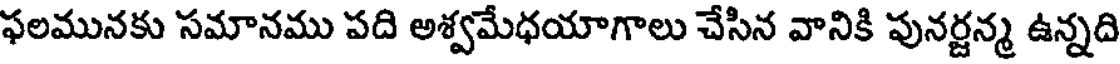
ఫలమునకు సమానము పది అశ్వమేధయాగాలు చేసిన వానికి పునర్జన్మ ఉన్నది